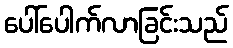
ပေါ်ပေါက်လာခြင်းသည်